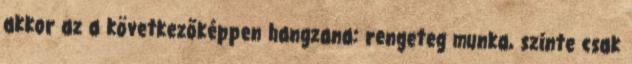
akkor az a következőképpen hangzana: rengeteg munka, szinte csak